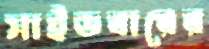
সাইডবারের